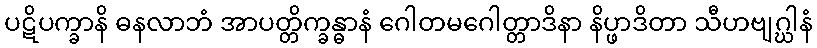
ပဋိပက္ခာနိ ဓနလာဘံ အာပတ္တိက္ခန္ဓာနံ ဂေါတမဂေါတ္တာဒိနာ နိပ္ဖာဒိတာ သီဟဗျဂ္ဃါနံ